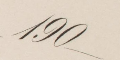
190